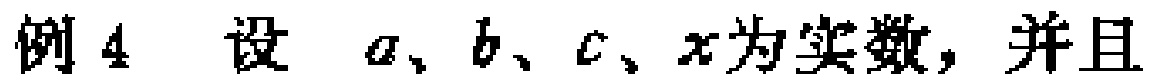
例4 设 \(a、b、c、x\)为实数，并且